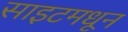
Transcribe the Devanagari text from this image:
साइटमधून